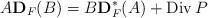
LaTeX: \begin{align*}A\bold{D}_F(B)=B\bold{D}_F^{\ast}(A)+\operatorname{Div}P\end{align*}